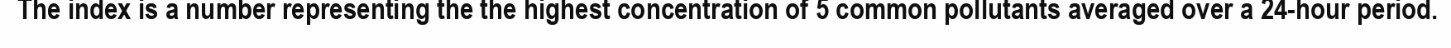
The index is a number representing the the highest concentration of 5 common pollutants averaged over a 24-hour period.